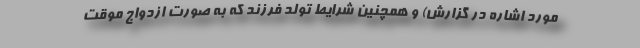
مورد اشاره در گزارش) و همچنین شرایط تولد فرزند که به صورت ازدواج موقت